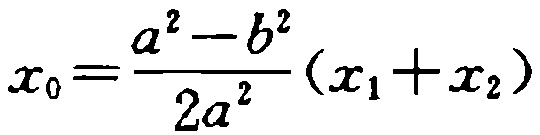
\(x_{0}=\frac{a^{2}-b^{2}}{2a^{2}}(x_{1}+x_{2})\)